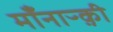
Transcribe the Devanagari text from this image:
मॉंनाऱ्क़़ी